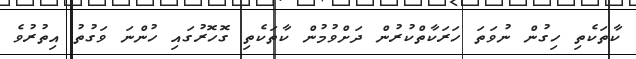
ކާތަކެތި ހިގުން ނުވަތަ ހަރަކާތްކުރުން ދަށްވުމުން ކާތަކެތި ގޮހޮރުގައި ހުންނަ ވަގުތު އިތުރުވެ